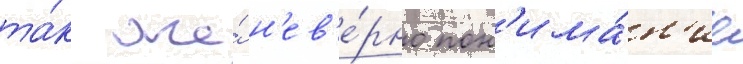
та́к же́ н'ев'е́рно пон'има́н'ие